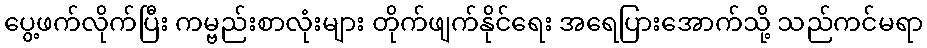
ပွေ့ဖက်လိုက်ပြီး ကမ္ဗည်းစာလုံးများ တိုက်ဖျက်နိုင်ရေး အရေပြားအောက်သို့ သည်ကင်မရာ